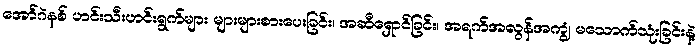
အော်ဂဲနစ် ဟင်းသီးဟင်းရွက်များ များများစားပေးခြင်း၊ အဆီရှောင်ခြင်း၊ အရက်အလွန်အကျွံ မသောက်သုံးခြင်းနဲ့